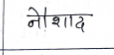
मजकूर: नौशाद